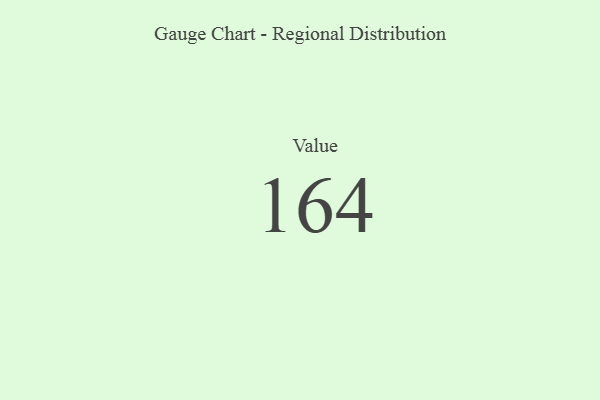
{"axis": {"x": "Metric", "y": "Value"}, "legend": [""], "data": [{"x": "Value", "y": 164, "type": ""}]}